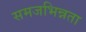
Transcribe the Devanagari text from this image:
समजभिन्नता